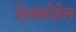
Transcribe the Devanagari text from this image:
ऐलकोहेल